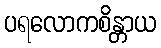
ပရလောကစိန္တာယ